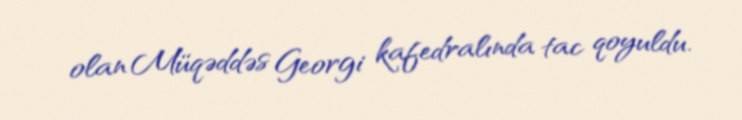
olan Müqəddəs Georgi kafedralında tac qoyuldu.